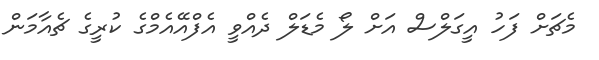
މެޗަށް ފަހު އީގަލްސް އަށް ލޯ މެޑަލް ދެއްވީ އެފްއޭއެމްގެ ކުރީގެ ޗެއާމަން